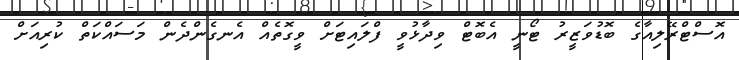
އޮސްޓްރޭލިއާގެ ބޮޑުވަޒީރު ޓޯނީ އެބޮޓް ވިދާޅުވީ ފްލައިޓަށް ވީގޮތެއް އެނގެންދެން މަސައްކަތް ކުރިއަށް